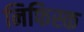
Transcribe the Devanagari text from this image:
निफिस्क